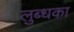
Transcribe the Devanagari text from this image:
लुब्धका